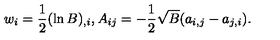
w _ { i } = \frac 1 2 ( \ln B ) _ { , i } , A _ { i j } = - \frac 1 2 \sqrt { B } ( a _ { i , j } - a _ { j , i } ) .